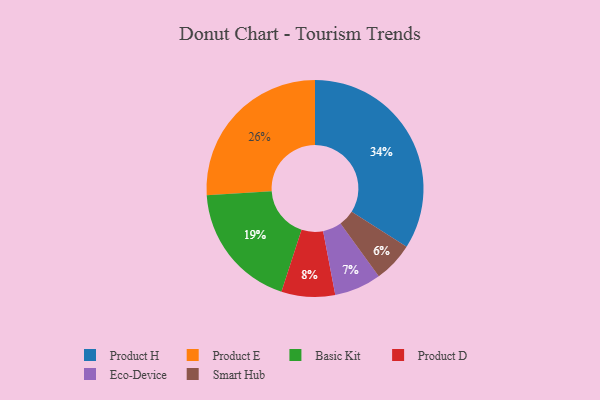
{"axis": {"x": "Category", "y": "Percentage"}, "legend": ["Basic Kit", "Eco-Device", "Product D", "Product E", "Product H", "Smart Hub"], "data": [{"x": "Smart Hub", "y": 6, "type": "Smart Hub"}, {"x": "Basic Kit", "y": 19, "type": "Basic Kit"}, {"x": "Product H", "y": 34, "type": "Product H"}, {"x": "Product D", "y": 8, "type": "Product D"}, {"x": "Eco-Device", "y": 7, "type": "Eco-Device"}, {"x": "Product E", "y": 26, "type": "Product E"}]}